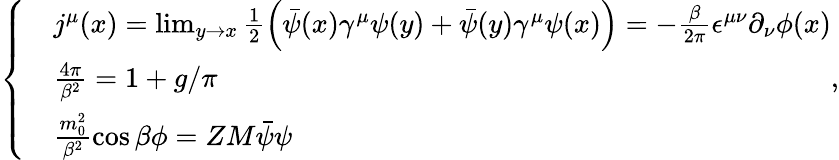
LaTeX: \left\{ \begin{array}{ll}{{}}&{{j^{\mu}(x)=\operatorname*{lim}_{y\rightarrow x}\frac{1}{2}\left(\bar{\psi}(x)\gamma^{\mu}\psi(y)+\bar{\psi}(y)\gamma^{\mu}\psi(x)\right)=-\frac{\beta}{2\pi}\epsilon^{\mu\nu}\partial_{\nu}\phi(x)}}\\ {{}}&{{\frac{4\pi}{\beta^{2}}=1+g/\pi}}\\ {{}}&{{\frac{m_{0}^{2}}{\beta^{2}}\cos\beta\phi=ZM\bar{\psi}\psi}}\end{array}\right.,